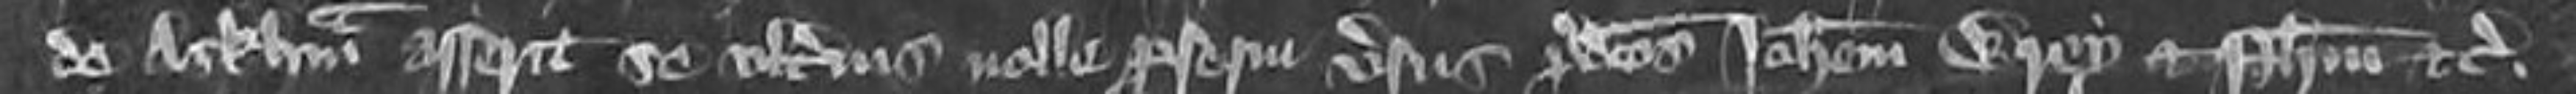
de Arkham asserit se ulterius nolle presequi versus predictos Johannem Wrey et Philipum etc